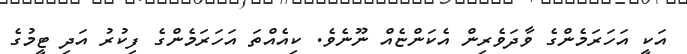
އަކީ އަހަރަމެންގެ ވާދަވެރިން އެކަންޏެއް ނޫނެވެ. ކިއެއްތަ އަހަރަމެންގެ ފިކުރު އަދި ޓީމުގެ